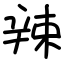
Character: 辣